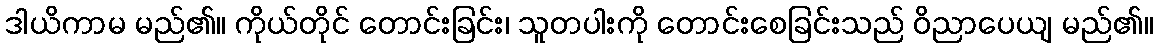
ဒါယိကာမ မည်၏။ ကိုယ်တိုင် တောင်းခြင်း၊ သူတပါးကို တောင်းစေခြင်းသည် ဝိညာပေယျ မည်၏။